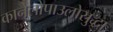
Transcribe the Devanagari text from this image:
कानेलोपाउलोसुद्धा